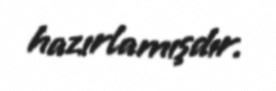
hazırlamışdır.